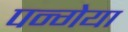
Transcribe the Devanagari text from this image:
पन्गेया